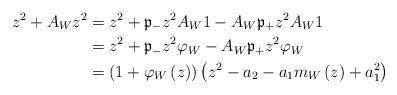
LaTeX: \begin{align*}z^{2}+A_{W}z^{2} & =z^{2}+\mathfrak{p}_{-}z^{2}A_{W}1-A_{W}\mathfrak{p}_{+}z^{2}A_{W}1 \\& =z^{2}+\mathfrak{p}_{-}z^{2}\varphi_{W}-A_{W}\mathfrak{p}_{+}z^{2}\varphi_{W} \\& =\left( 1+\varphi_{W}\left( z\right) \right) \left(z^{2}-a_{2}-a_{1}m_{W}\left( z\right) +a_{1}^{2}\right) \end{align*}